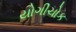
યોગીચોક